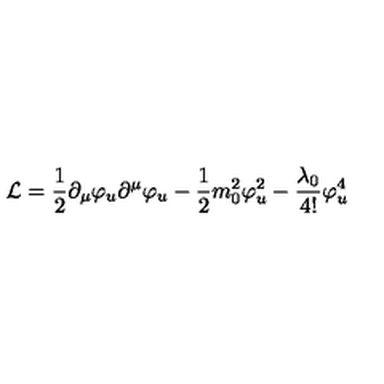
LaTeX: { \cal L } = \frac { 1 } { 2 } \partial _ { \mu } \varphi _ { u } \partial ^ { \mu } \varphi _ { u } - \frac { 1 } { 2 } m _ { 0 } ^ { 2 } \varphi _ { u } ^ { 2 } - \frac { \lambda _ { 0 } } { 4 ! } \varphi _ { u } ^ { 4 } \,